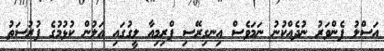
އަސްލު ފެންވަރު ނުދެއްކުނު ނަމަވެސް އިނގިރޭސި ޕްރިމިއާ ލީގުގައި އަލުން ކުޅުމުގެ ފުުރުސަތު